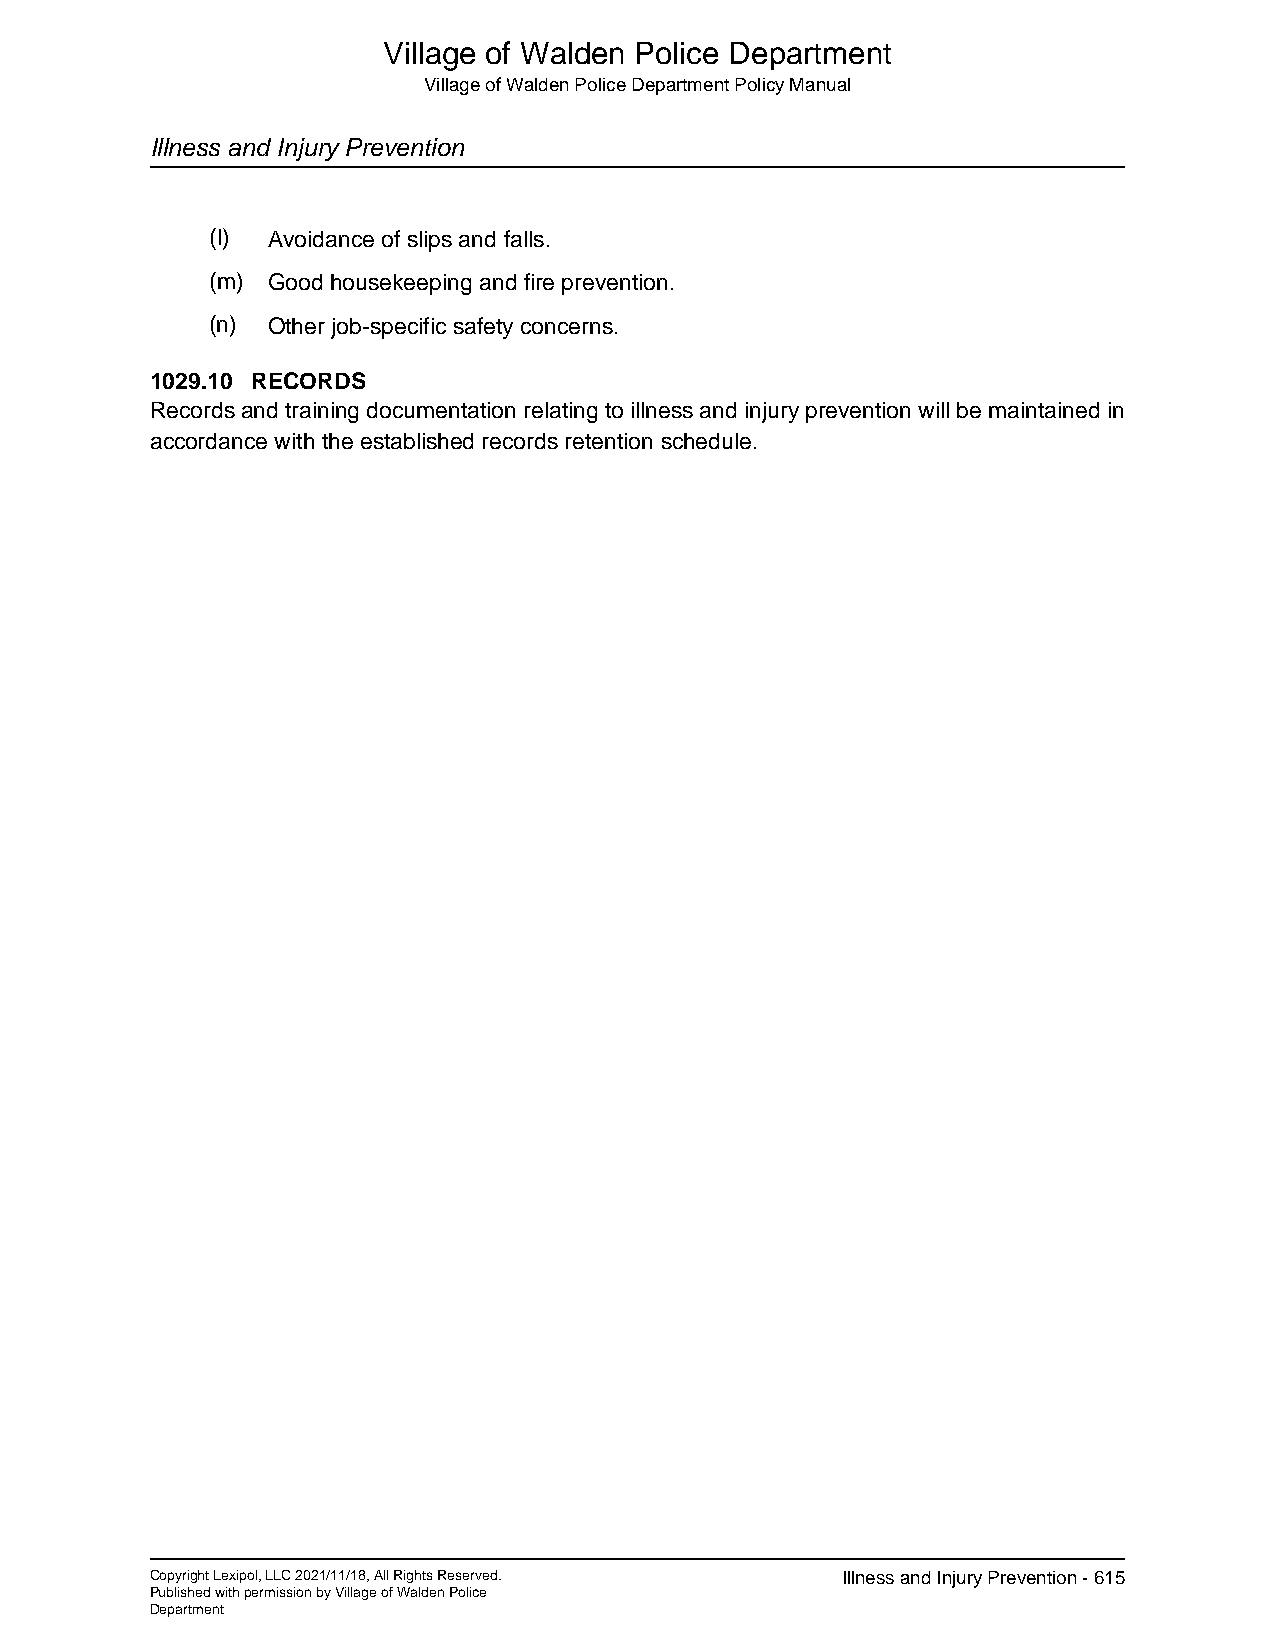
Village of Walden Police Department
 Village of Walden Police Department Policy Manual
 Illness and Injury Prevention
 (l) Avoidance of slips and falls.
 (m) Good housekeeping and fire prevention.
 (n) Other job-specific safety concerns.
 1029.10 RECORDS
 Records and training documentation relating to illness and injury prevention will be maintained in
 accordance with the established records retention schedule.
 Copyright Lexipol, LLC 2021/11/18, All Rights Reserved. Illness and Injury Prevention - 615
 Published with permission by Village of Walden Police
 Department